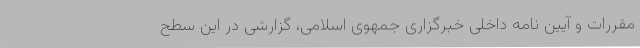
مقررات و آیین نامه داخلی خبرگزاری جمهوی اسلامی، گزارشی در این سطح